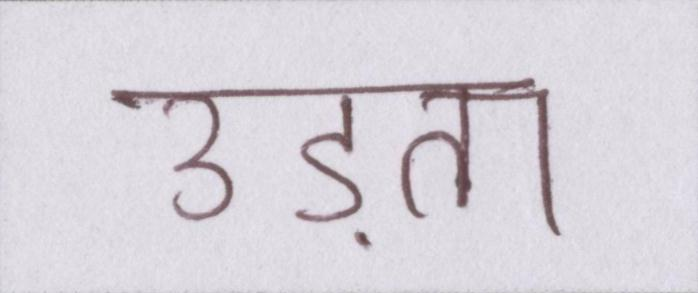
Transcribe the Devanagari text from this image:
उड़ता